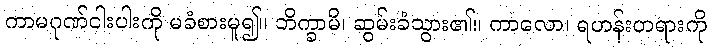
ကာမဂုဏ်ငါးပါးကို မခံစားမူ၍။ ဘိက္ခာမိ၊ ဆွမ်းခံသွား၏။ ကာလော၊ ရဟန်းတရားကို